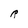
Character: R